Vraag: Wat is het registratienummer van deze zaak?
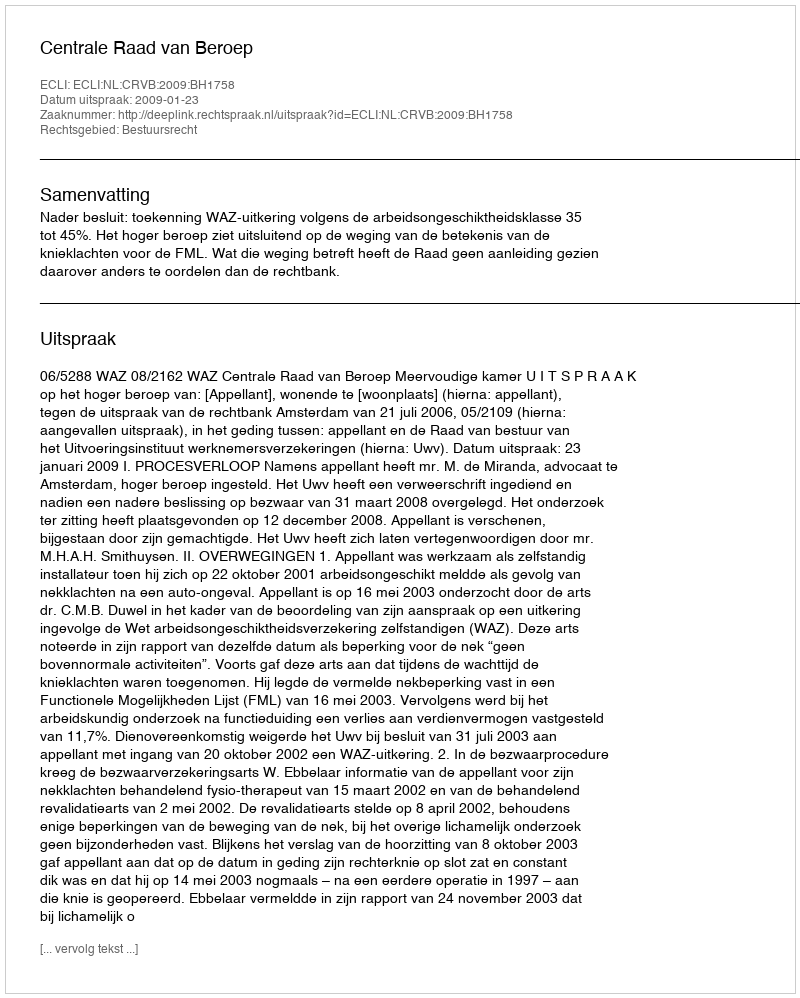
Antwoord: http://deeplink.rechtspraak.nl/uitspraak?id=ECLI:NL:CRVB:2009:BH1758